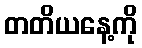
တတိယနေ့ကို